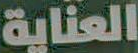
العناية